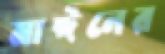
মাঈনের